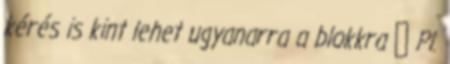
kérés is kint lehet ugyanarra a blokkra ● Pl.